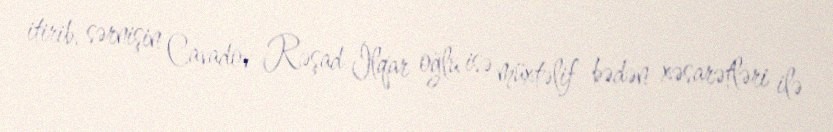
itirib, sərnişin Cavadov Rəşad İlqar oğlu isə müxtəlif bədən xəsarətləri ilə